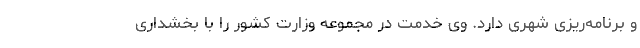
و برنامه‌ریزی شهری دارد. وی خدمت در مجموعه وزارت کشور را با بخشداری